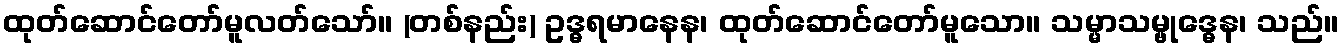
ထုတ်ဆောင်တော်မူလတ်သော်။ (တစ်နည်း) ဥဒ္ဓရမာနေန၊ ထုတ်ဆောင်တော်မူသော။ သမ္မာသမ္ဗုဒ္ဓေန၊ သည်။